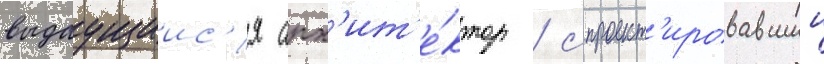
выдаущиис'я арх'ит'е́ктор / спроект'ировавшии